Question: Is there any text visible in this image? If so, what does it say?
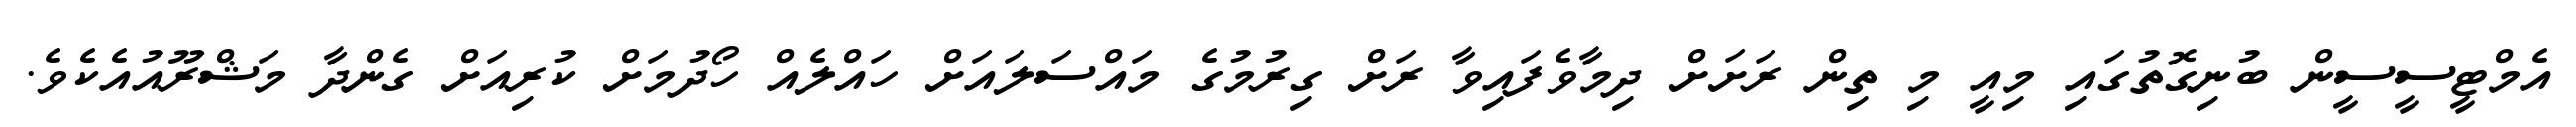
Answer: އެމްޓީސީސީން ބުނިގޮތުގައި މިއީ މި ތިން ރަށަށް ދިމާވެފައިވާ ރަށް ގިރުމުގެ މައްސަލައަށް ހައްލެއް ހޯދުމަށް ކުރިއަށް ގެންދާ މަޝްރޫއުއެކެވެ.